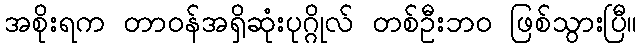
အစိုးရက တာဝန်အရှိဆုံးပုဂ္ဂိုလ် တစ်ဦးဘ၀ ဖြစ်သွားပြီ။